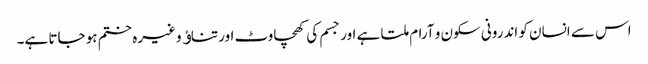
اس سے انسان کو اندرونی سکون و آرام ملتا ہے اور جسم کی کھچاوٹ اور تناﺅ وغیرہ ختم ہو جاتا ہے۔